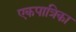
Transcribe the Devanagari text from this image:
एकपात्रिका